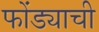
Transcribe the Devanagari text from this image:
फोंड्याची